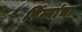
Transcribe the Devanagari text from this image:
पिंग्यांचा